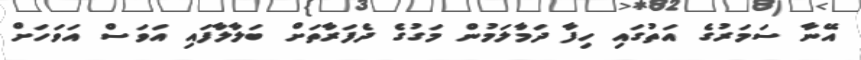
އޭނާ ސަމަރުގެ އަތުގައި ހިފާ ދަމާލަމުން މަގުގެ ދެފަރާތަށް ބަލާލާފައި އަވަސް އަވަހަށް